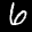
Label: 6